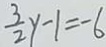
\frac { 3 } { 2 } y - 1 = - 6